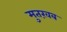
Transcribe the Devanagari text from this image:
मुतख़ब